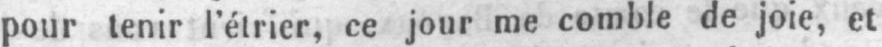
pour tenir l’étrier, ce jour me comble de joie, et